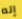
إله